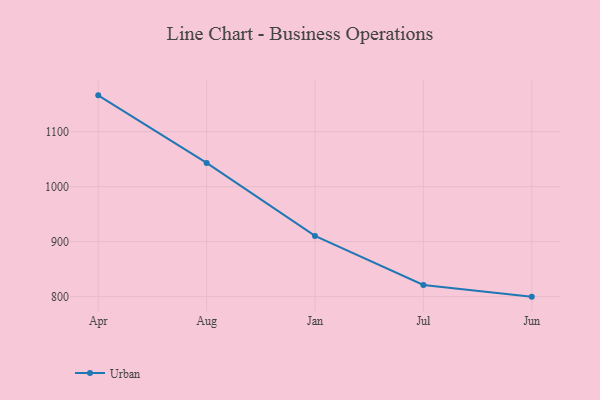
{"axis": {"x": "Month", "y": "Operating Costs (USD K)"}, "legend": ["Urban"], "data": [{"x": "Apr", "y": 1165.9, "type": "Urban"}, {"x": "Aug", "y": 1043.1, "type": "Urban"}, {"x": "Jan", "y": 910.4, "type": "Urban"}, {"x": "Jul", "y": 821.3, "type": "Urban"}, {"x": "Jun", "y": 800, "type": "Urban"}]}